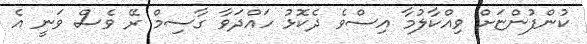
ކުންފުންޏަށް ވިއްކާލުމާ އިސްވެ ދެކޮޅު ހައްދަވާ ގާސިމް ރޭ ވެސް ވަނީ އެ